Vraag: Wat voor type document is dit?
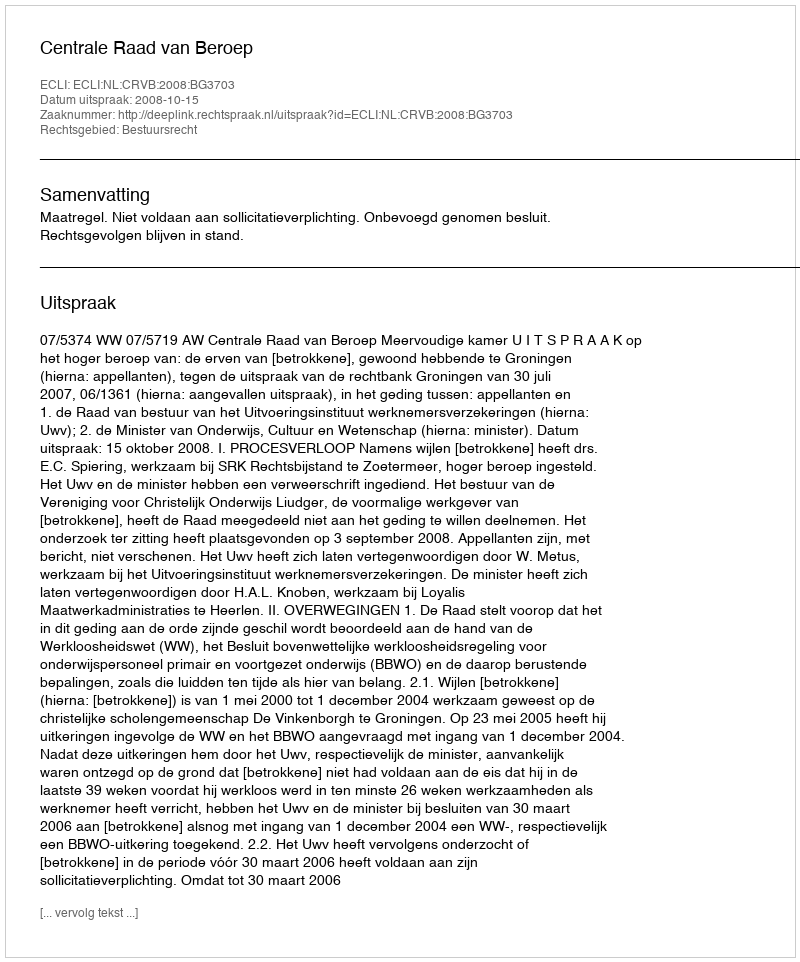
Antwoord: Uitspraak